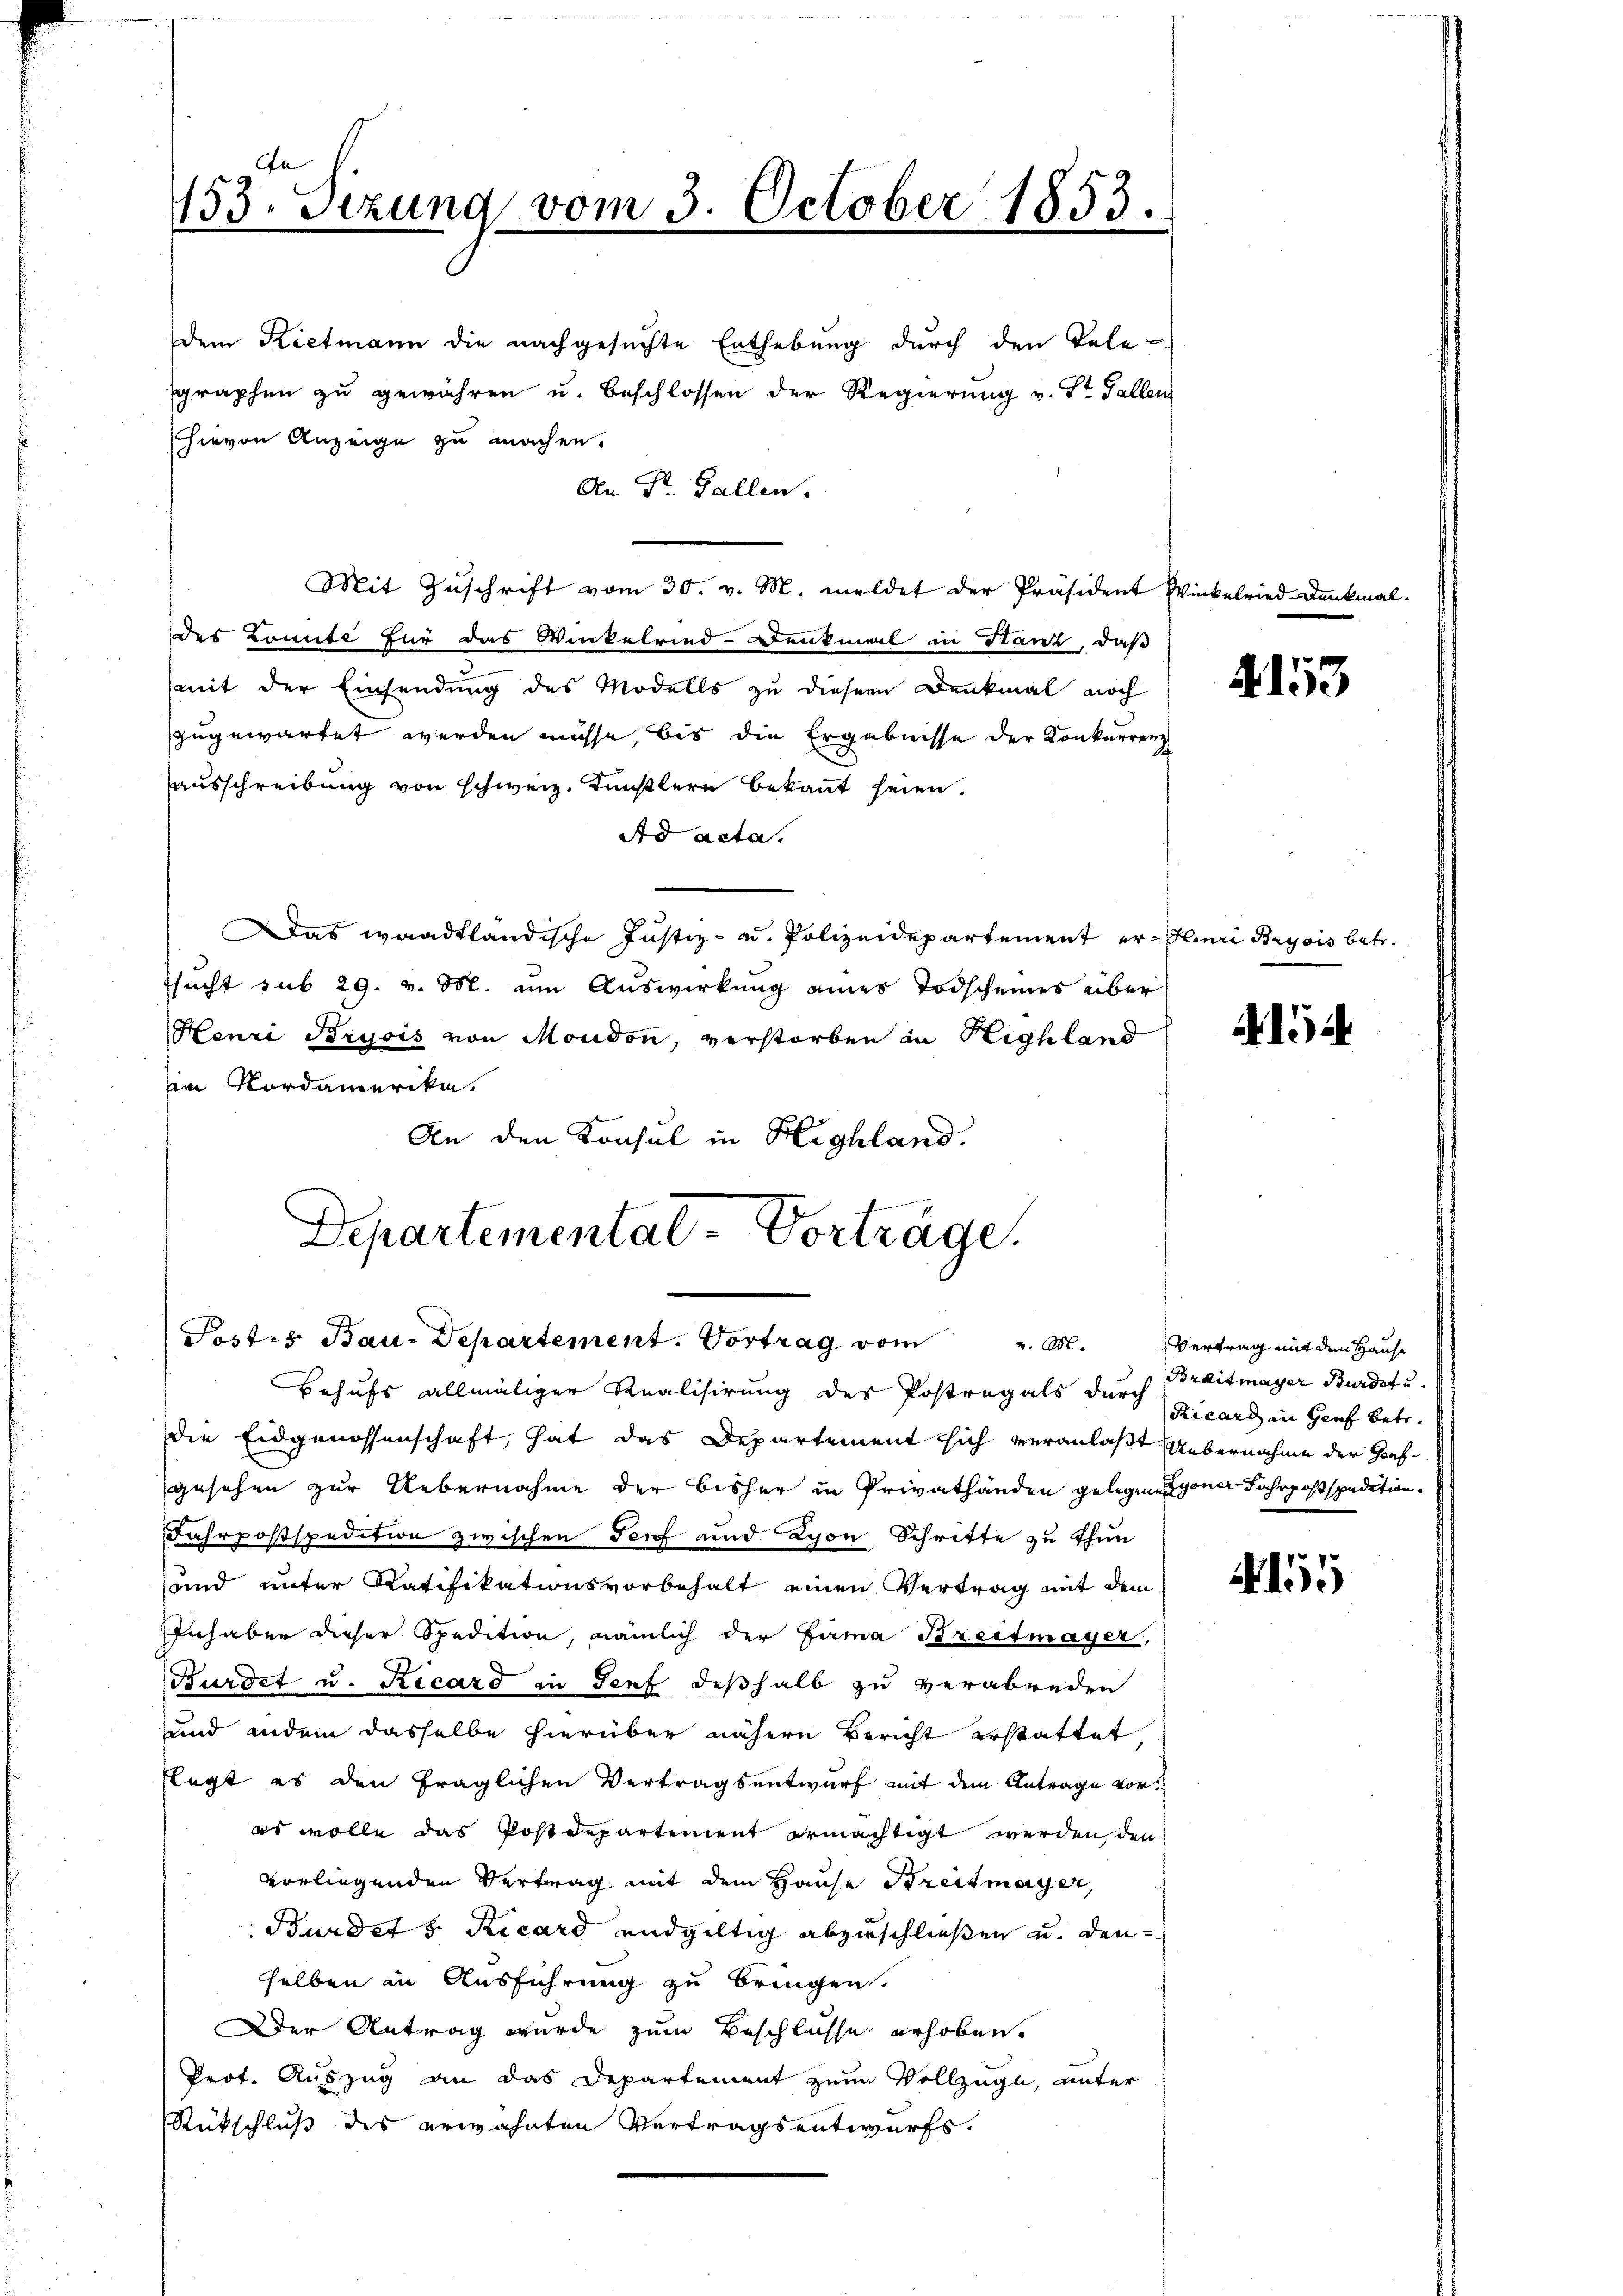
153. Sizung vom 3. October 1853.

dem Kietmann die nachgesuchte Enthebung durch den Tele-
graphen zŭ gewähren u. beschlossen der Regierung v. St. Gallen
hievon Anzeige zu machen.
An Dr. Gallen.
Mit Zŭschrift vom 30. v. M. meldet der Präsident Winkelried-Denkmal
des Comite für das Winkelried-Denkmal in Hanz, daß
(mit der Einsendung des Modells zu diesem Denkmal noch
zugewartet werden müsse, bis die Ergebnisse der Konkurrenz
ausschreibung von schweiz. Künstlern bekannt seien.
Ad acta.
Das waadtländische Justiz- u. Polizeidepartement er Henri Brysis betr.
sucht sub 29. v. M. um Auswirkung eines Todscheines über
Henri Brusis von Mondon, verstorben in Highland
im Nordamerika.
An den Konsul in Highland.

Departementat-Vorträge.
Posts Bau-Departement. Vortrag vom
u M.
Behufs allmäliger Realisirung des Postregals durch

Die Eidgenossenschaft, hat das Departement sich veranlaßt Uebernahme der Hanfgesehen zur Uebernahme der bisher in Privathänden gelegen gener Fahrpostspedition¬
Jahrpostspedition zwischen Torf und Lyon Schritte zu thun
und unter Ratifikationsvorbehalt einen Vertrag mit dem
Inhaber dieser Spedition, nämlich der Fama Breitmayer,
Burdet u. Ricard in Senf deßhalb zu verabreden
und indem dasselbe hierüber nähern Bericht erstattet,
Elegt es den fraglichen Vertragsentwurf mit dem Antrage vores wolle das Postdepartement ermächtigt werden den
vorliegenden Vertrag mit dem Hause Breitmayer,
Burdet v. Ricard endgültig abzuschließen u. den
selben in Ausführung zu bringen.
Der Antrag wurde zum Beschlusse erhoben,
Prot. Auszug an das Departement zum Vollzuge, unter
Rückschluß des erwähnten Vertragsentwurfs.

4153

4154

Vertrag mit dem Hause
Braitmayer Bürdet u.
Ricard in Genf betr.

A155